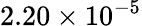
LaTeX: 2.20\times 10^{-5}